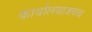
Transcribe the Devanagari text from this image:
कार्यालयाजवळ